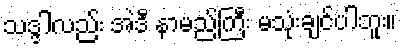
သဒ္ဒါလည်း အဲဒီ နာမည်ကြီး မသုံးချင်ပါဘူး။